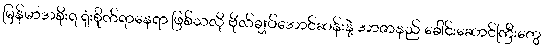
မြန်မာအစိုးရ ရုံးစိုက်ရာနေရာ ဖြစ်သလို ဗိုလ်ချုပ်အောင်ဆန်းနဲ့ အာဇာနည် ခေါင်းဆောင်ကြီးတွေ